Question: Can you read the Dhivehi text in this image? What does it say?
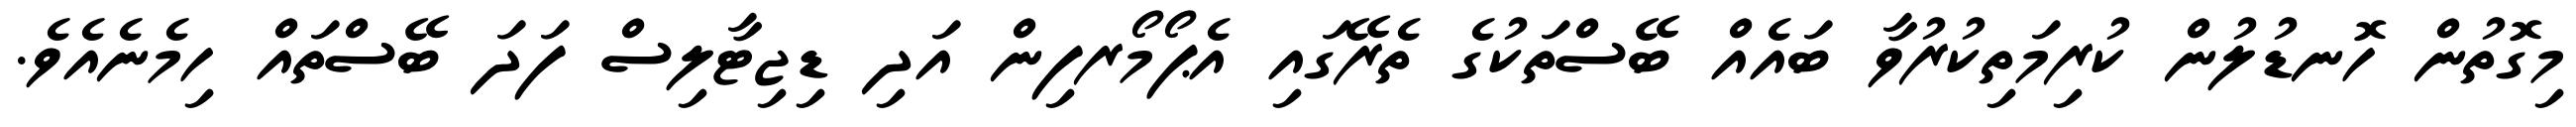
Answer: މިގޮތުން ހޮނޑުލުން ކުރިމަތިކުރުވާ ބައެއް ބޭސްތަކުގެ ތެރޭގައި އެޕޯމޯރފިން އަދި ޑިޖިޓާލިސް ފަދަ ބޭސްތައް ހިމެނެއެވެ.